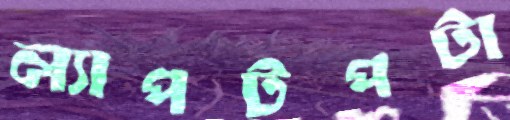
ল্যাপটপটা